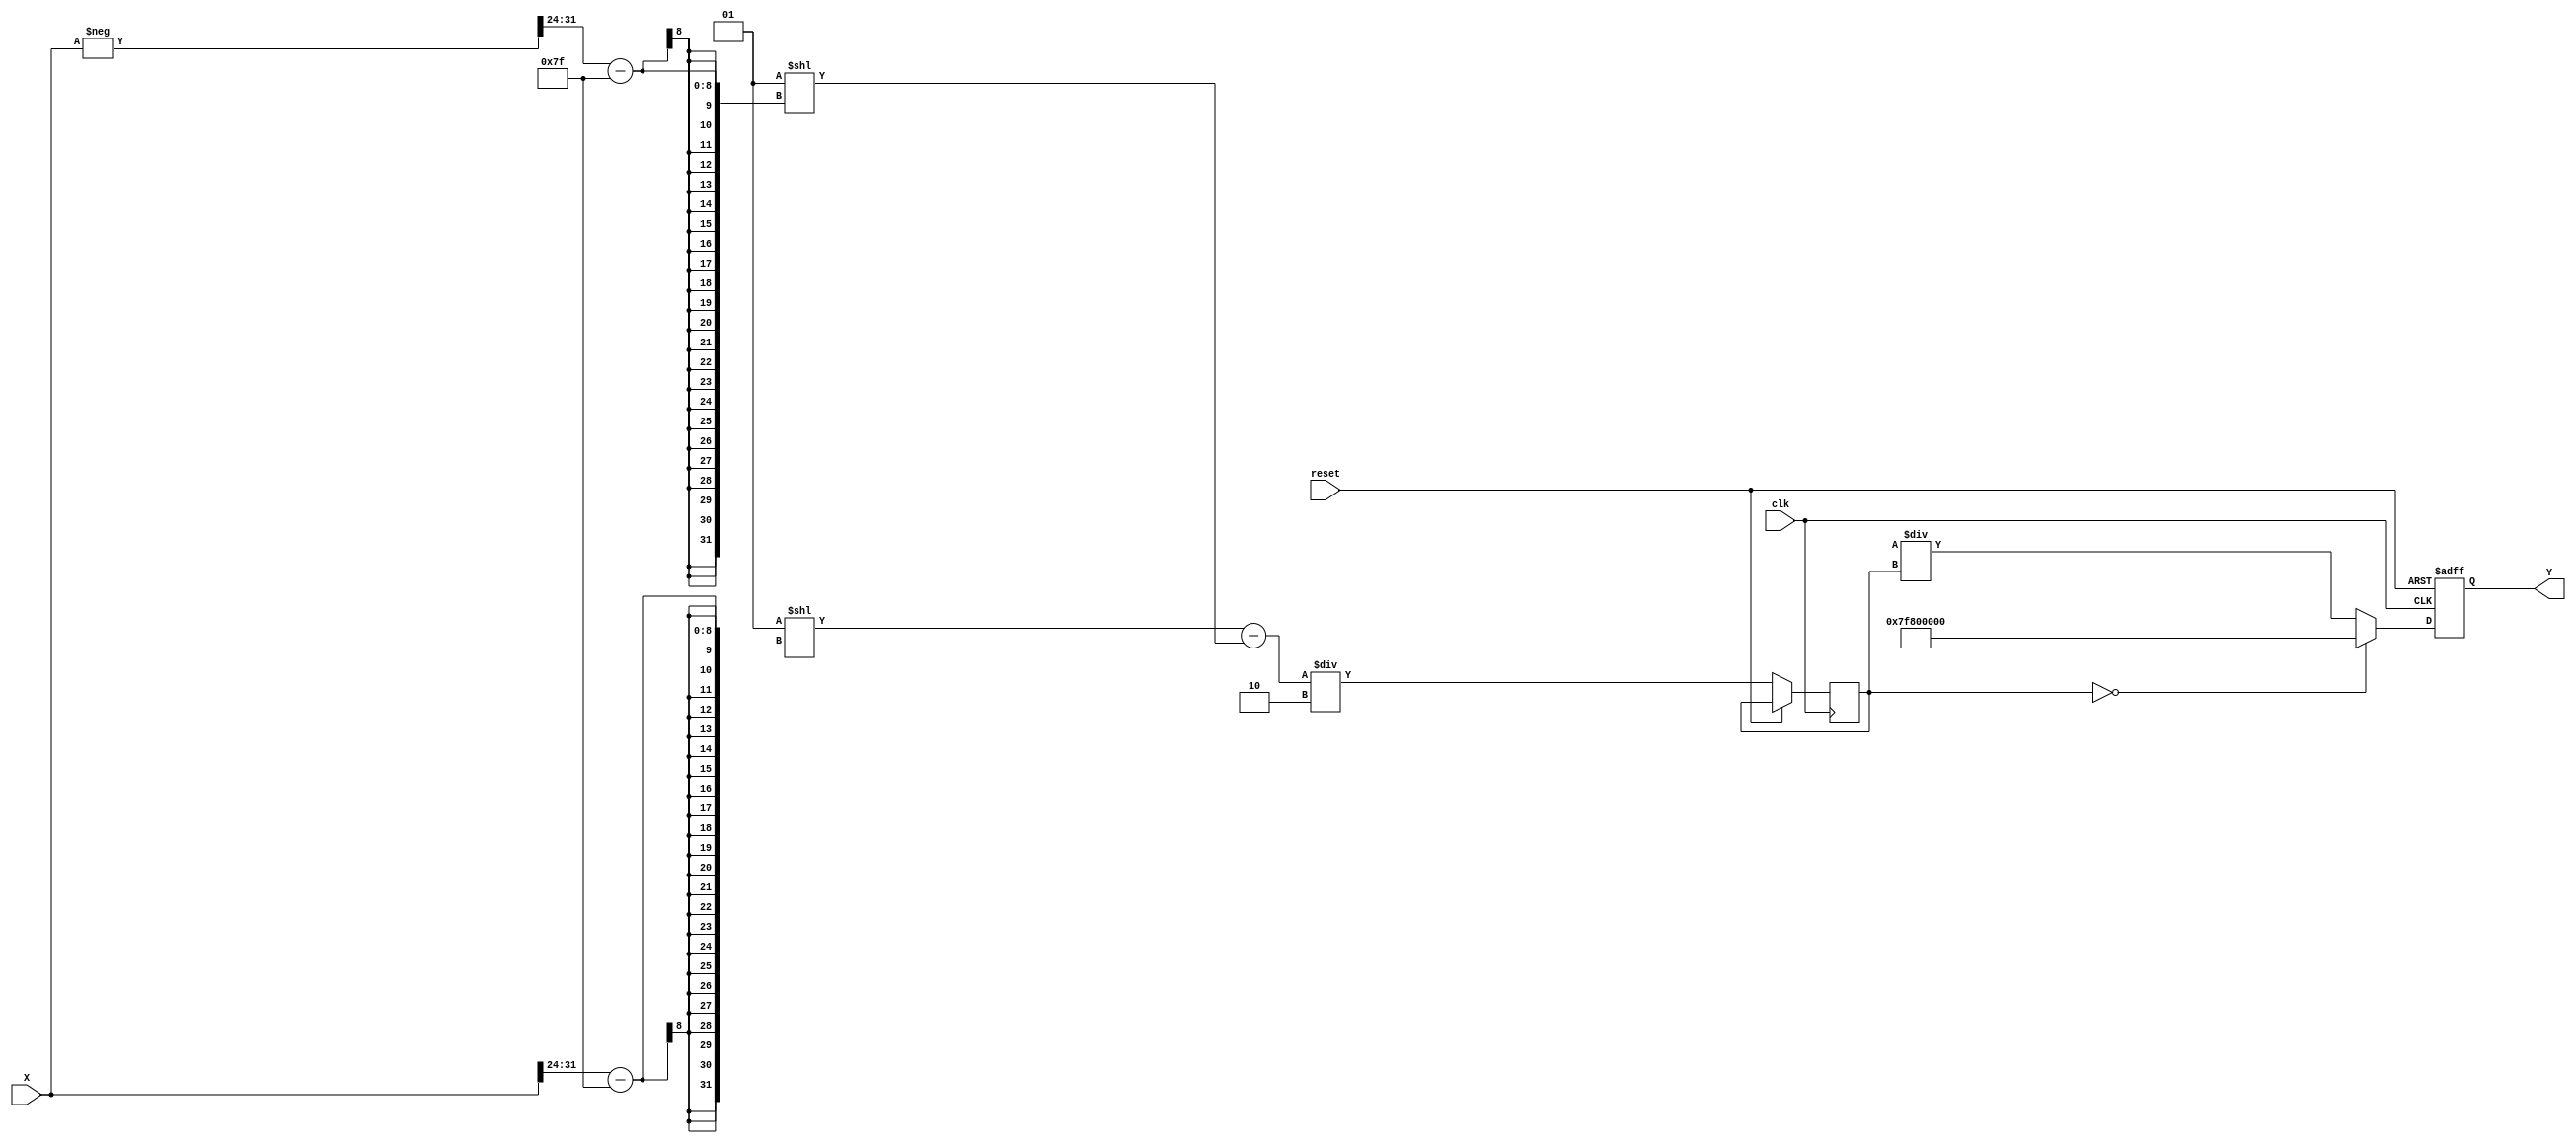
module csch_calculator (
    input wire [31:0] X,      // Input (fixed-point representation, e.g., 32-bit IEEE 754)
    output reg [31:0] Y,      // Output (csch(X) as fixed-point)
    input wire clk,           // Clock signal
    input wire reset          // Reset signal
);

// Constants
parameter WIDTH = 32;       // Width of the fixed-point representation
parameter INF = 32'h7F800000; // Representation for infinity (IEEE 754)
parameter NaN = 32'h7FFFFFFF; // Representation for NaN

// Intermediate signals
reg [31:0] sinh_x; // To hold sinh(X)

// Function to calculate sinh(X)
function [31:0] sinh;
    input [31:0] x;
    reg [31:0] exp_x;
    reg [31:0] exp_neg_x;
    begin
        // Calculate e^x and e^(-x)
        exp_x = exp_fixed_point(x); // Replace with a proper exponential function
        exp_neg_x = exp_fixed_point(-x);
        sinh = (exp_x - exp_neg_x) / 2; // sinh(x) = (e^x - e^(-x)) / 2
    end
endfunction

// Function to calculate the exponential of a fixed-point number
function [31:0] exp_fixed_point;
    input [31:0] x;
    // Placeholder for exponential calculation
    // This should be replaced with an actual implementation
    // For now, assume exp(x) = 2^x for simplicity (not accurate)
    begin
        exp_fixed_point = 1 << (x[WIDTH-1:24] - 127); // Example placeholder
    end
endfunction

// Main process
always @(posedge clk or posedge reset) begin
    if (reset) begin
        Y <= 32'b0; // Reset output
    end else begin
        sinh_x <= sinh(X); // Calculate sinh(X)

        // Check for edge case: sinh(X) == 0
        if (sinh_x == 32'b0) begin
            Y <= INF; // Return infinity for csch(0)
        end else begin
            Y <= (1 << WIDTH) / sinh_x; // csch(X) = 1 / sinh(X)
        end
    end
end

endmodule